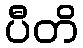
ပီတိ